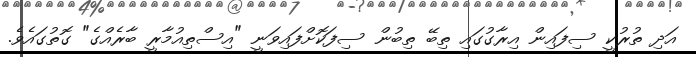
އަދި ތުރުކީ ސިފައިން އިރާގުގައި ތިބޭ ތިބުން ސިފަކޮށްފައިވަނީ "އިސްތިއުމާރީ ބާރެއްގެ" ގޮތުގައެވެ.